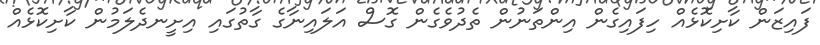
ފައިޒަން ކާށިކޮޅެއް ހިފައިގެން އިންތަނުން ތެދުވެގެން ގޮސް އަލައިނާގެ ގާތުގައި އިށީނދެލަމުން ކާށިކޮޅެއް